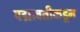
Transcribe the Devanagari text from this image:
पद्मावतीकडून